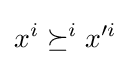
x^{i}\succeq ^{i}x'^{i}